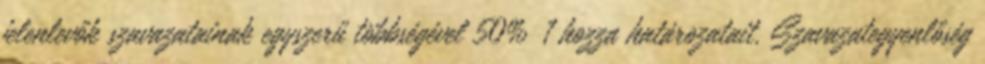
jelenlevők szavazatainak egyszerű többségével 50% 1 hozza határozatait. Szavazategyenlőség